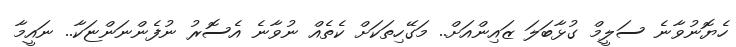
ހެޔޮނުވާނެ ސަލީމް ގުޅާބަލަ ޒައިންއަށް.. މަގޭހިތަކަށް ކެތެއް ނުވާނެ އެސޮރު ނުފެންނަންޏަކާ.. ނައީމާ